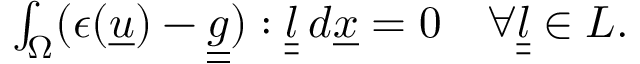
\begin{array} { r } { \int _ { \Omega } ( \epsilon ( \underline { { u } } ) - \underline { { \underline { { g } } } } ) : \underline { { \underline { { l } } } } \: d \underline { { x } } = 0 \quad \forall \underline { { \underline { { l } } } } \in L . } \end{array}